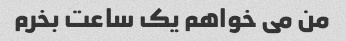
من می خواهم یک ساعت بخرم